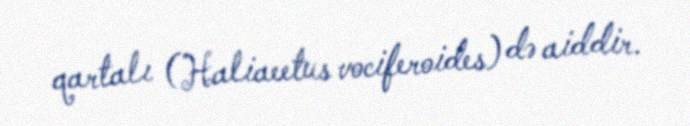
qartalı (Haliaeetus vociferoides) də aiddir.